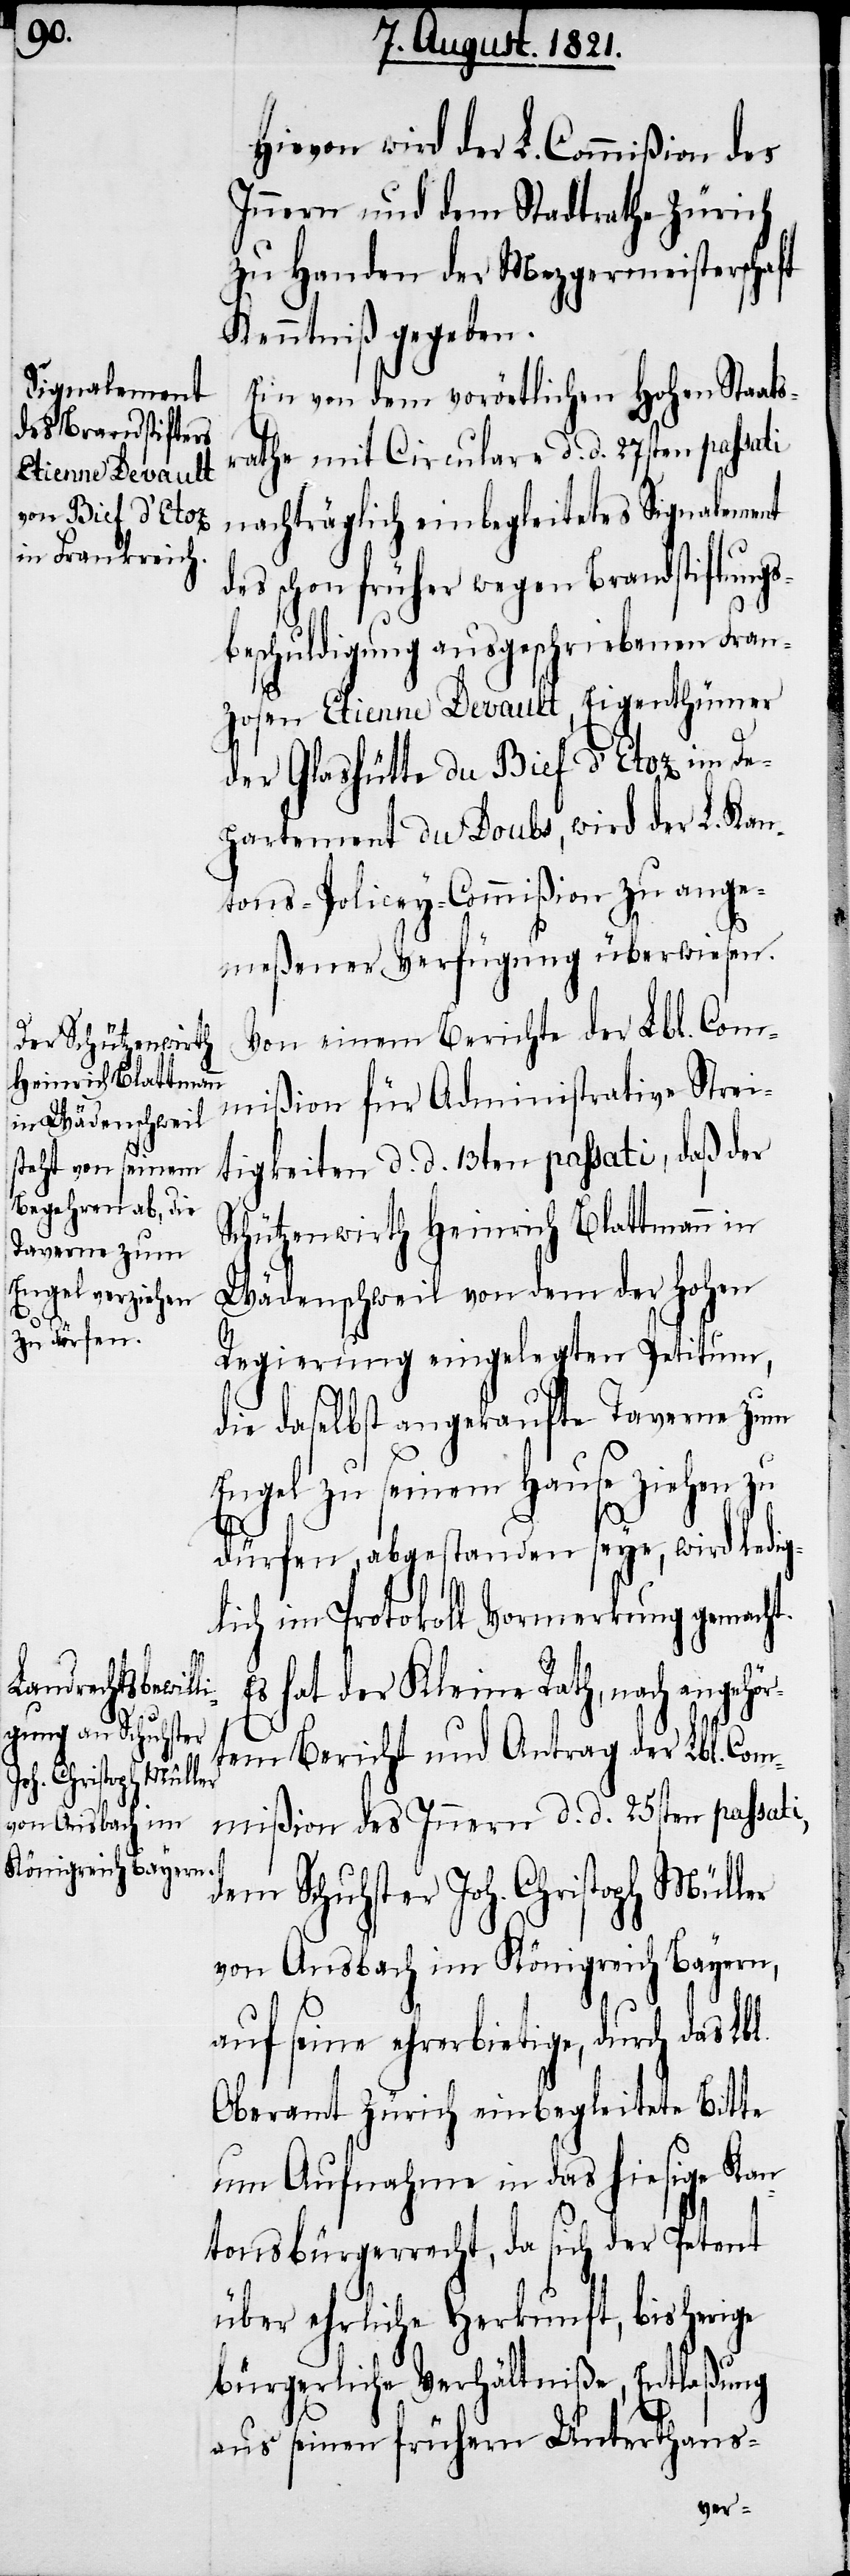
Hievon wird der L. Commißion des
Innern und dem Stadtrathe Zürich
zu Handen der Metzgergemeinschaft
Kenntniß gegeben.
Ein von dem vorörtlichen hohen Staats¬
rathe mit Circulare d. d. 27sten passati
nachträglich einbegleitetes Signalement
des schon früher wegen Brandstiftungs¬
beschuldigung ausgeschriebenen Fran¬
zosen Etienne Devault, Eigenthümer
der Glashütte du Bief d’Etoz im De¬
partement du Doubs, wird der L. Kan¬
tons-Policey-Commißion zu ange¬
meßener Verfügung überwiesen.
Von einem Bericht der Lbl. Com¬
mißion für Administrative Strei¬
tigkeiten d. d. 13ten passati, daß der
Schützenwirth Heinrich Blattmann in
Wädenschweil von dem der hohen
Regierung eingelegten Petition,
die daselbst angekaufte Taverne zum
Engel zu seinem Hause ziehen zu
dürfen, abgestanden seye, wird ledig¬
lich im Protokoll Vormerkung gemacht.
hat der Kleine Rath, nach angehö¬
rtem Bericht und Antrag der Lbl. Com¬
mißion des Innern d. d. 25sten passati,
dem Schuhster Joh. Christoph Müller
von Ansbach im Königreich Bayern,
auf seine ehrerbietige, durch das Lbl.
Oberamt Zürich einbegleitete Bitte
um Aufnahme in das hiesige Kan¬
tonsbürgerrecht, da sich der Petent
über ehrliche Herkunft, bisherige
bürgerliche Verhältniße, Entlaßung
aus seinen frühern Unterthans-